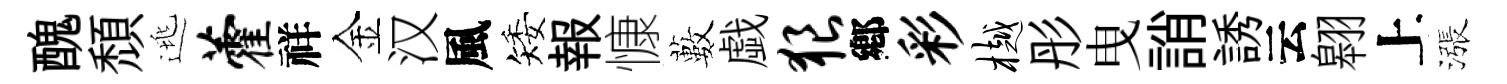
醜頽逃藿祥金汉風矮報慷藪戯狼鄕彩樾彤曳誚誘云翱上漲